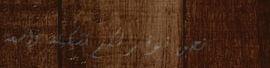
نحن نوفر لكم تشكيلة واسعة